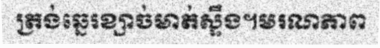
ត្រង់ឆ្នេរខ្សាច់មាត់ស្ទឹង។មរណភាព